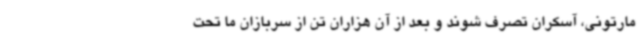
مارتونی، آسکران تصرف شوند و بعد از آن هزاران تن از سربازان ما تحت